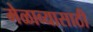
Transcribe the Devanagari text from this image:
मेळाव्यासाठी